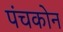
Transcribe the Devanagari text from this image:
पंचकोन